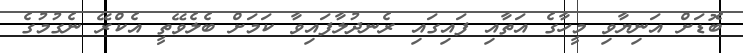
ބޮޑަށް އަނިޔާވި މީހާގެ އަތާއި ފައިގައި ރެނދުލާފައިވާ ކަމަށް ބެލެވޭތީ އެކްރޭ ނެގުމުގެ